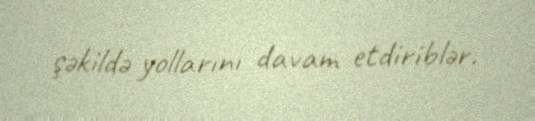
şəkildə yollarını davam etdiriblər.